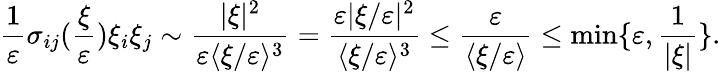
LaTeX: \frac{1}{\varepsilon}\sigma_{ij}(\frac{\xi}{\varepsilon})\xi_{i}\xi_{j}\sim\frac{|\xi|^{2}}{\varepsilon\langle\xi/\varepsilon\rangle^{3}}=\frac{\varepsilon|\xi/\varepsilon|^{2}}{\langle\xi/\varepsilon\rangle^{3}}\leq\frac{\varepsilon}{\langle\xi/\varepsilon\rangle}\leq\operatorname*{min}\{ \varepsilon,\frac{1}{|\xi|}\} .